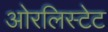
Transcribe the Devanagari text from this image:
ओरलिस्टेट